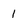
Character: 1